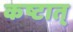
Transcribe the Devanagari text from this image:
कष्टात्